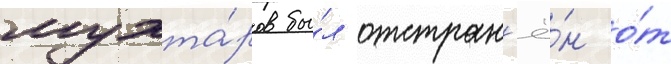
мухта́ров бы́л отстран'ё́н о́т